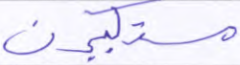
مستكبرين